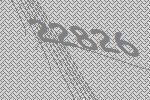
22826